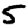
Digit: 5